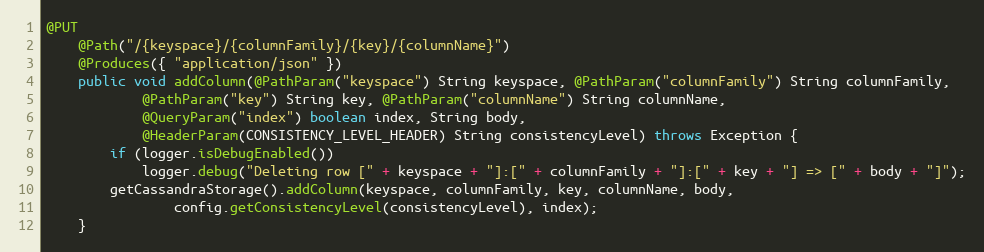
Language: Java
@PUT
	@Path("/{keyspace}/{columnFamily}/{key}/{columnName}")
	@Produces({ "application/json" })
	public void addColumn(@PathParam("keyspace") String keyspace, @PathParam("columnFamily") String columnFamily,
			@PathParam("key") String key, @PathParam("columnName") String columnName,
			@QueryParam("index") boolean index, String body,
			@HeaderParam(CONSISTENCY_LEVEL_HEADER) String consistencyLevel) throws Exception {
		if (logger.isDebugEnabled())
			logger.debug("Deleting row [" + keyspace + "]:[" + columnFamily + "]:[" + key + "] => [" + body + "]");
		getCassandraStorage().addColumn(keyspace, columnFamily, key, columnName, body,
				config.getConsistencyLevel(consistencyLevel), index);
	}